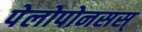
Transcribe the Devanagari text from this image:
पेलोपोनसस्‌